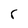
Character: c